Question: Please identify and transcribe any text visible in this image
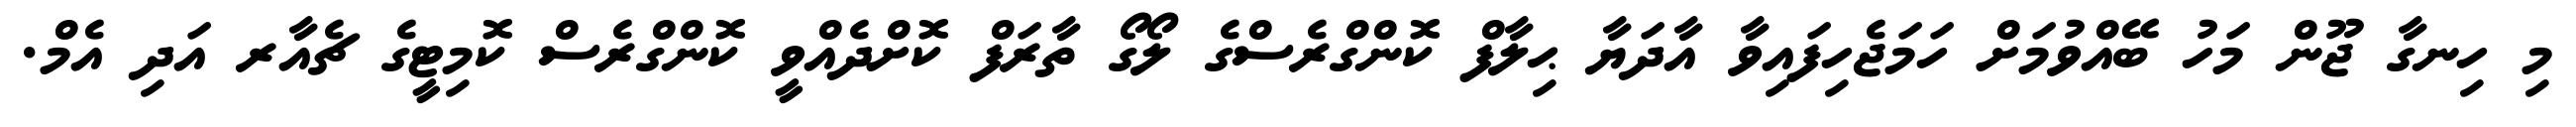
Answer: މި ހިނގާ ޖޫން މަހު ބޭއްވުމަށް ހަމަޖެހިފައިވާ އާދަޔާ ޙިލާފް ކޮންގްރެސްގެ ލޯގޯ ތާރަފް ކޮށްދެއްވީ ކޮންގްރެސް ކޮމިޓީގެ ޗެއާރ އަދި އެމް.